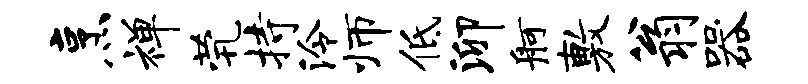
烹禅茕持泠师低泖舸敷翁器